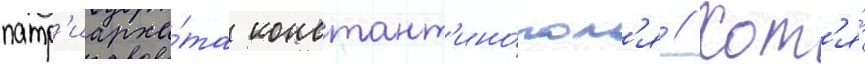
патр'иарха́та констант'ино́пол'я // Хот'я́